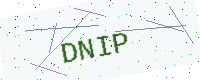
Text: DNIP